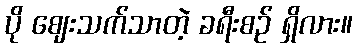
ပို ဈေးသက်သာတဲ့ ခရီးစဉ် ရှိလား။